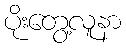
ပိုးတွေ့လူနာ